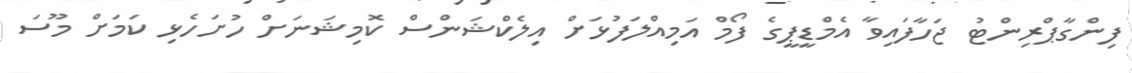
ފިންގާޕްރިންޓު ޖަހާފައިވާ އެމްޑީޕީގެ ފޯމް އަމިއްލަފުޅަށް އިލެކްޝަންސް ކޮމިޝަނަށް ހުށަހެޅި ކަމަށް މޫސަ